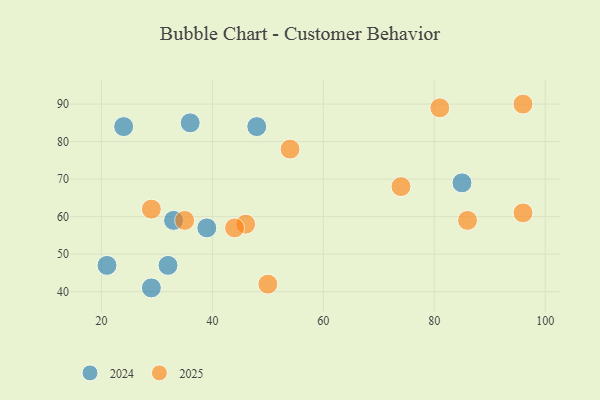
{"axis": {"x": "GDP", "y": "Life Expectancy"}, "legend": ["2024", "2025"], "data": [{"x": "48", "y": 84, "type": "2024"}, {"x": "39", "y": 57, "type": "2024"}, {"x": "32", "y": 47, "type": "2024"}, {"x": "21", "y": 47, "type": "2024"}, {"x": "36", "y": 85, "type": "2024"}, {"x": "85", "y": 69, "type": "2024"}, {"x": "29", "y": 41, "type": "2024"}, {"x": "33", "y": 59, "type": "2024"}, {"x": "24", "y": 84, "type": "2024"}, {"x": "46", "y": 58, "type": "2025"}, {"x": "96", "y": 90, "type": "2025"}, {"x": "86", "y": 59, "type": "2025"}, {"x": "96", "y": 61, "type": "2025"}, {"x": "81", "y": 89, "type": "2025"}, {"x": "74", "y": 68, "type": "2025"}, {"x": "44", "y": 57, "type": "2025"}, {"x": "50", "y": 42, "type": "2025"}, {"x": "29", "y": 62, "type": "2025"}, {"x": "35", "y": 59, "type": "2025"}, {"x": "54", "y": 78, "type": "2025"}]}